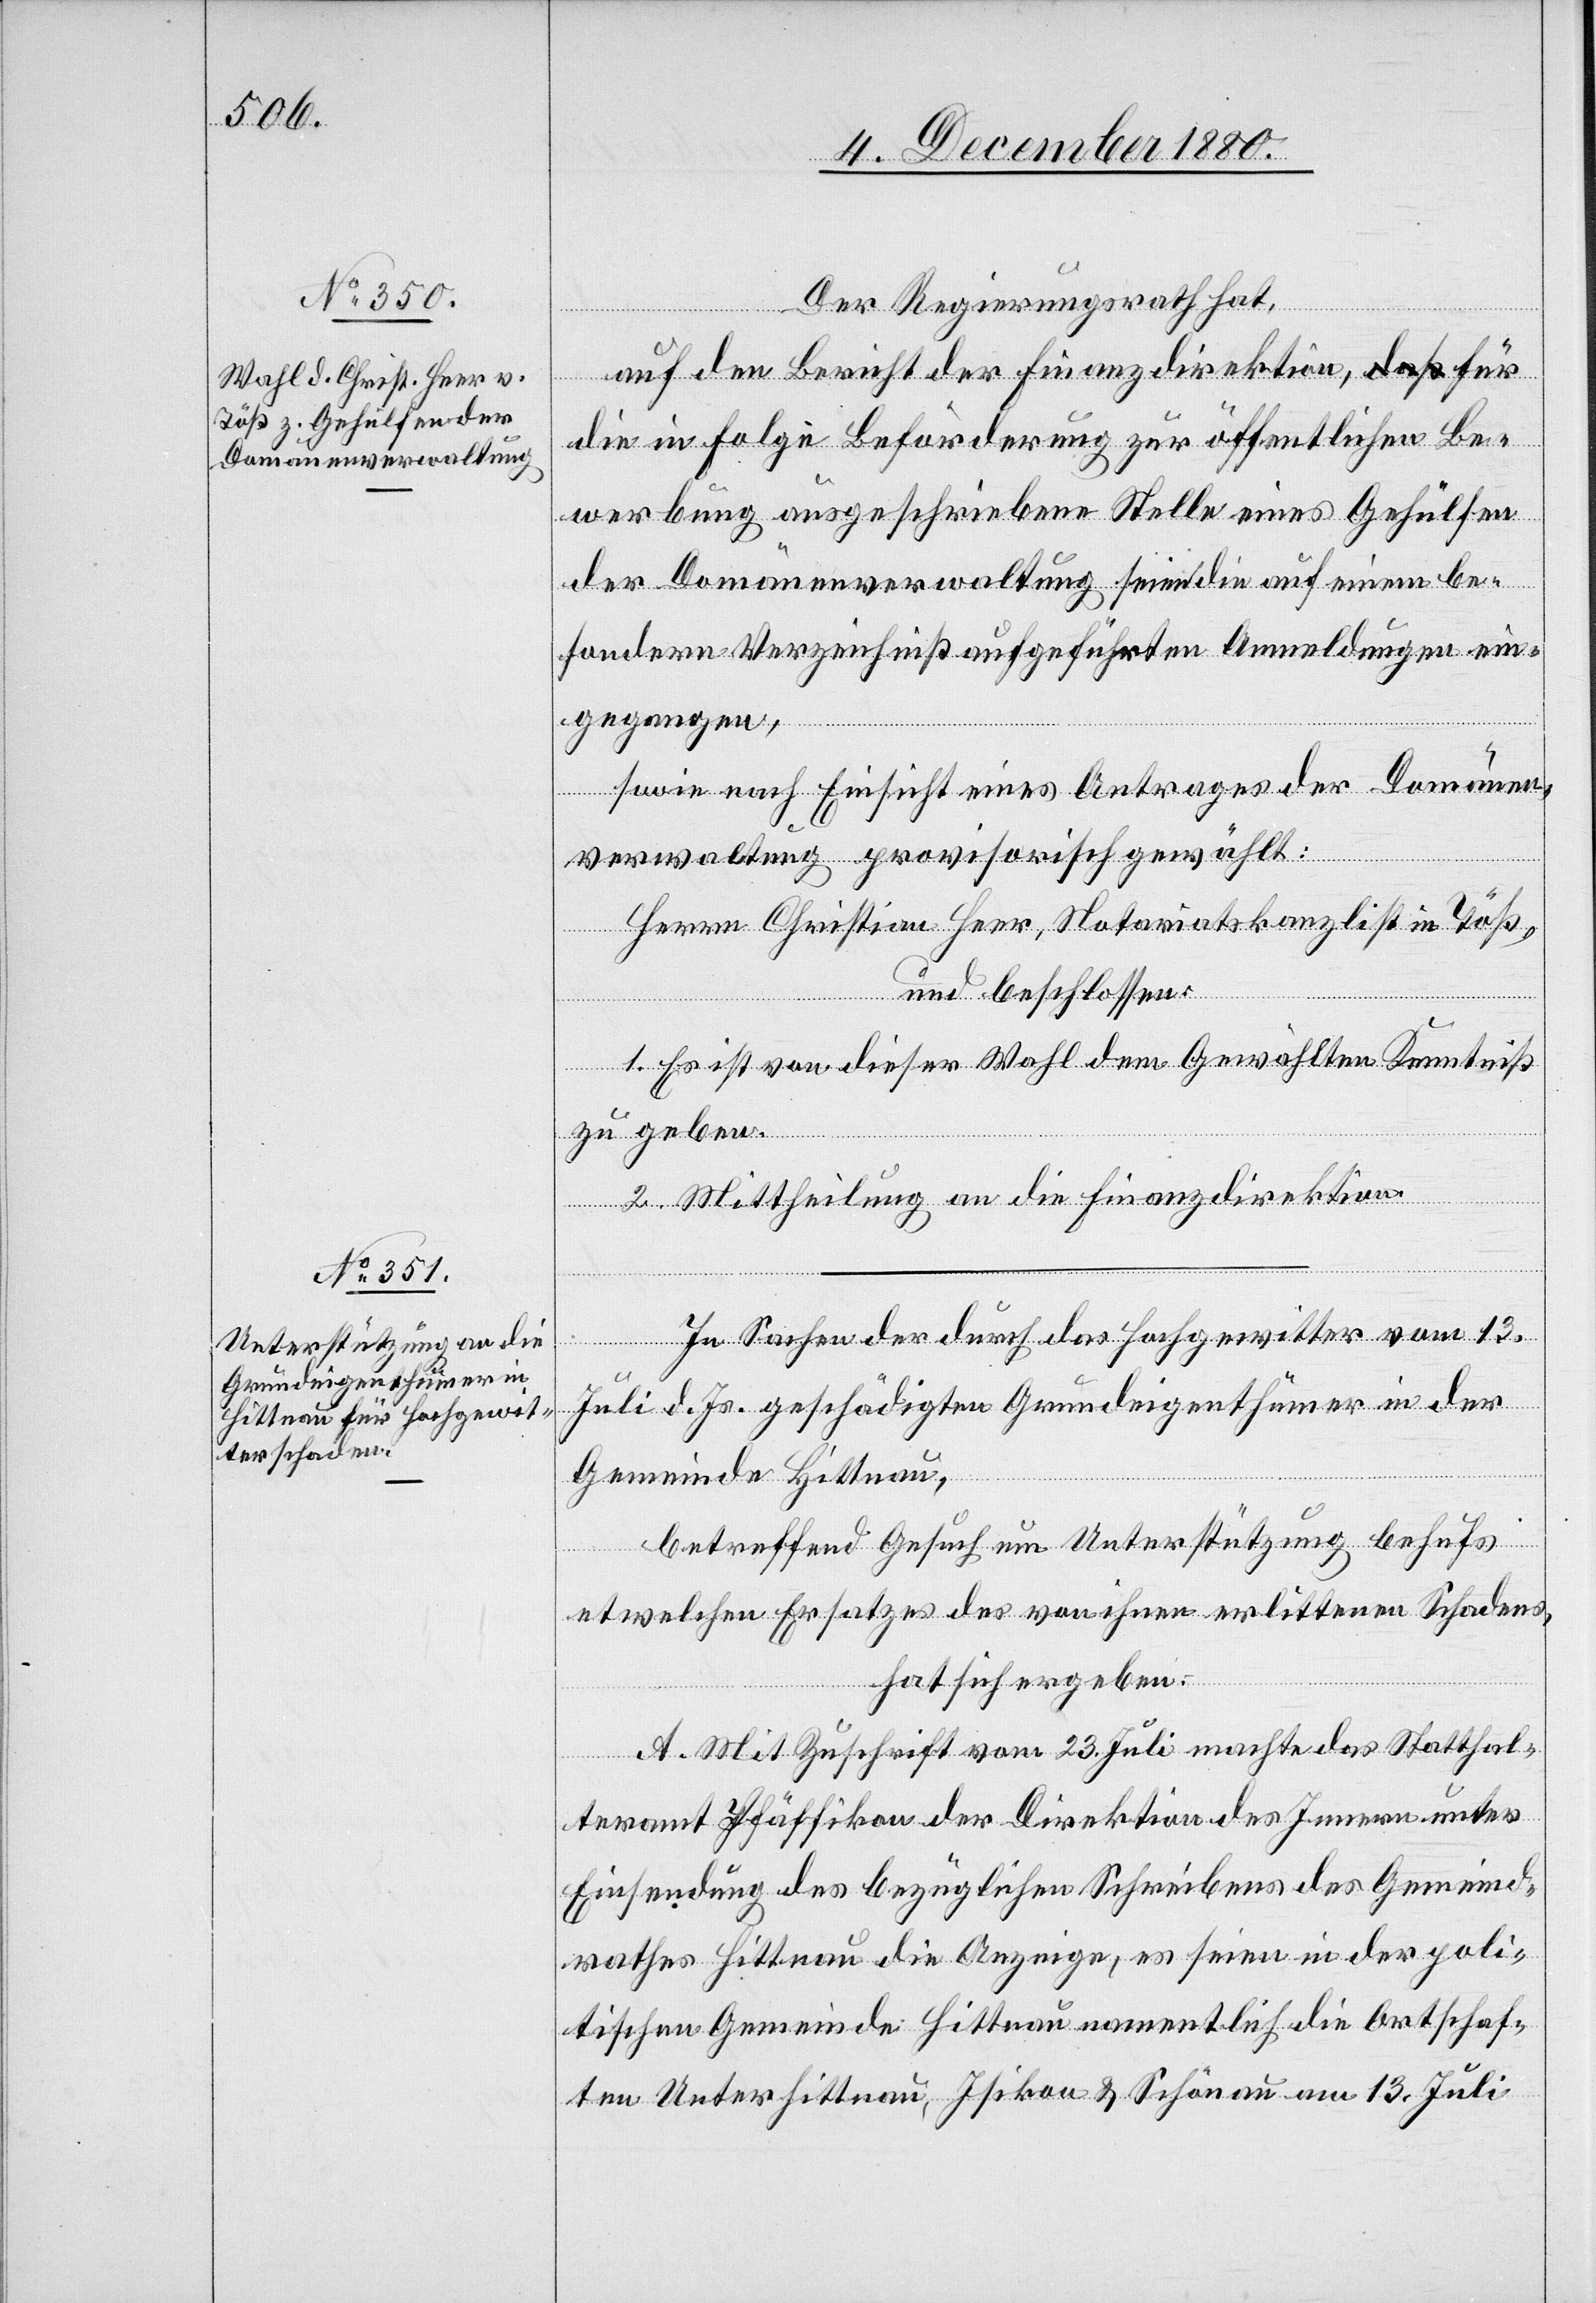
Der Regierungsrath hat,
auf den Bericht der Finanzdirektion, für
die in Folge Beförderung zur öffentlichen Be¬
werbung ausgeschriebenen Stelle eines Gehülfen
der Domänenverwaltung seien die auf einem be¬
sondern Verzeichniß aufgeführten Anmeldungen ein¬
gegangen,
sowie nach Einsicht eines Antrages der Domänen¬
verwaltung, provisorisch gewählt:
Herrn Christian Heer, Notariatskanzlei in Töß,
und beschlossen:
1. Es ist von dieser Wahl dem Gewählten Kenntniß
zu geben.
2. Mittheilung an die Finanzdirektion.
In Sachen der durch das Hochgewitter vom 13.
Juli d. Js. geschädigten Grundeigenthümer in der
Gemeinde Hittnau,
betreffend Gesuch um Unterstützung behufs
etwelchen Ersatzes des von ihnen erlittenen Schadens,
hat sich ergeben:
A. Mit Zuschrift vom 23. Juli machte das Statthal¬
teramt Pfäffikon der Direktion des Innern unter
Einsendung des bezüglichen Schreibens des Gemeind¬
rathes Hittnau die Anzeige, es seien in der poli¬
tischen Gemeinde Hittnau namentlich die Ortschaf¬
ten Unterhittnau, Isikon & Schönau am 13. Juli